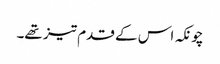
چونکہ اس کے قدم تیز تھے۔